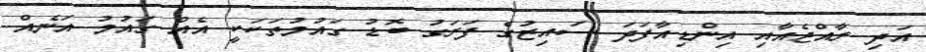
އަދި ރާއްޖެއާއި އިންޑިއާފަދަ ސައިޒުގެ ފަރަގު ބޮޑު ގައުމުތަކަކީ އެއް ގައުމު އަނެއް